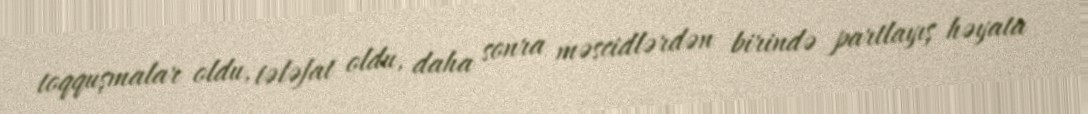
toqquşmalar oldu, tələfat oldu, daha sonra məscidlərdən birində partlayış həyata